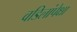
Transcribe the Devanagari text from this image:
वडिलांपेक्षा